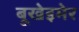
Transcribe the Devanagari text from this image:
बूखेइमेर